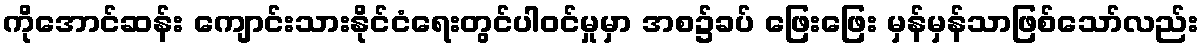
ကိုအောင်ဆန်း ကျောင်းသားနိုင်ငံရေးတွင်ပါဝင်မှုမှာ အစ၌ခပ် ဖြေးဖြေး မှန်မှန်သာဖြစ်သော်လည်း